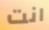
انت